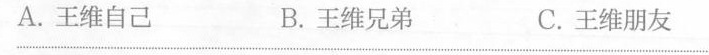
A.王维自己 B.王维兄弟 C，王维朋友